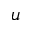
\boldsymbol u